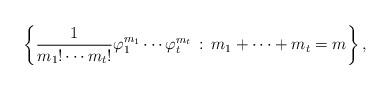
LaTeX: \begin{align*}\left\{\frac{1}{m_1!\cdots m_t!}\varphi_1^{m_1}\cdots \varphi_t^{m_t}\, :\, m_1+\cdots+m_t=m\right\},\end{align*}